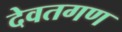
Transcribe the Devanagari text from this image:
देवतगण